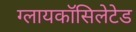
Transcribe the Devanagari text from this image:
ग्लायकॉसिलेटेड